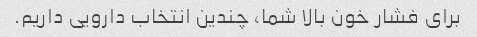
برای فشار خون بالا شما، چندین انتخاب دارویی داریم.